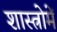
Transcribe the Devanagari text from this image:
शास्त्रोमें